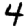
Digit: 4